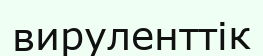
вируленттік